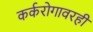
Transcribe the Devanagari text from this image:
कर्करोगावरही